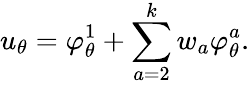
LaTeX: u_{\theta}=\varphi_{\theta}^{1}+\sum_{a=2}^{k}w_{a}\varphi_{\theta}^{a}.